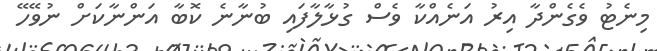
މިނެޓު ވެގެންދާ އިރު އަނެއްކާ ވެސް ގުޅާލާފައި ބުނާނެ ކޮބާ އަންނާކަށް ނުވޭހޭ